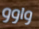
واوو